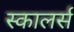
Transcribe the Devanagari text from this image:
स्कालर्स